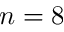
n = 8